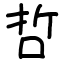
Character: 哲